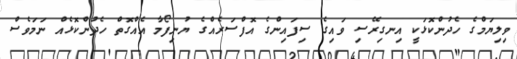
ވިލިޔަމްގެ ހެދުންކޮޅަކީ އިނގިރޭސި ވައިގެ ސިފައިންގެ އޮފްސަރެއްގެ ޔުނިފޯމާ އެއްގޮތް ހެދުންކޮޅެއް ނަމަވެސް